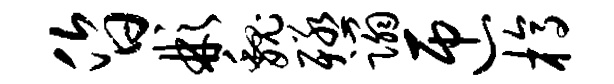
昏彬魏殛蹋匝槁